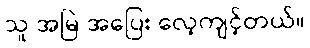
သူ အမြဲ အပြေး လေ့ကျင့်တယ်။